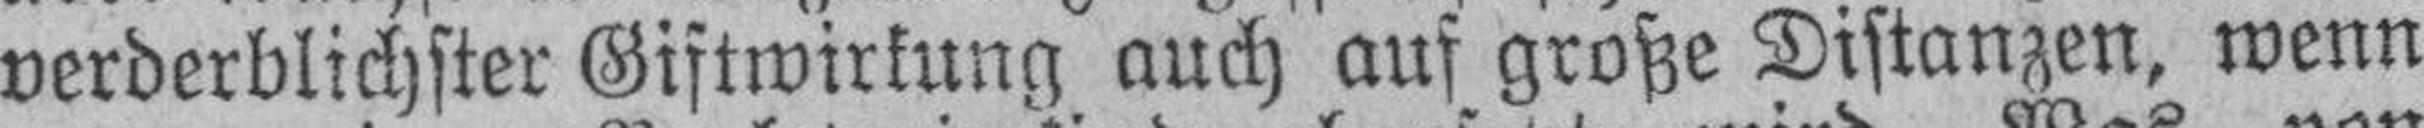
verderblichster Giftwirkung auch auf große Distanzen, wenn